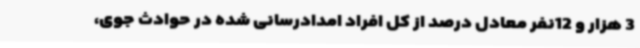
3 هزار و 12نفر معادل درصد از کل افراد امدادرسانی شده در حوادث جوی،